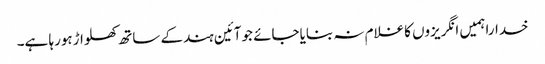
خداراہمیں انگریزوں کاغلام نہ بنایاجائے جوآئین ہندکے ساتھ کھلواڑہورہا ہے۔